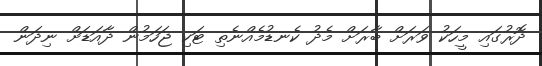
ދޮރުގައި މީހަކު ވަރަށް ބާރަށް މެދު ކެނޑުމެއްނެތި ޓަކި ޖަހަމުން ދާއަޑަށް ނިދަން